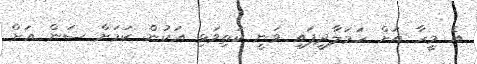
އެ މީހާ އަށް ހަމަލާދީފައި ވަނީ ކަތިވަޅި އަކުން ކަމަށް ސަން އަށް